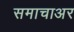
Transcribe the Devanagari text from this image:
समाचाअर